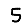
Digit: 5